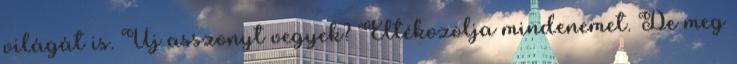
világát is. Új asszonyt vegyek? Eltékozolja mindenemet. De meg